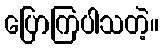
ပြောကြပါသတဲ့။